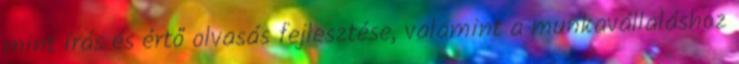
mint írás és értő olvasás fejlesztése, valamint a munkavállaláshoz